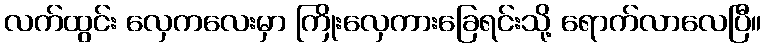
လက်ထွင်း လှေကလေးမှာ ကြိုးလှေကားခြေရင်းသို့ ရောက်လာလေပြီ။